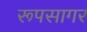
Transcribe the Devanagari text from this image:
रूपसागर